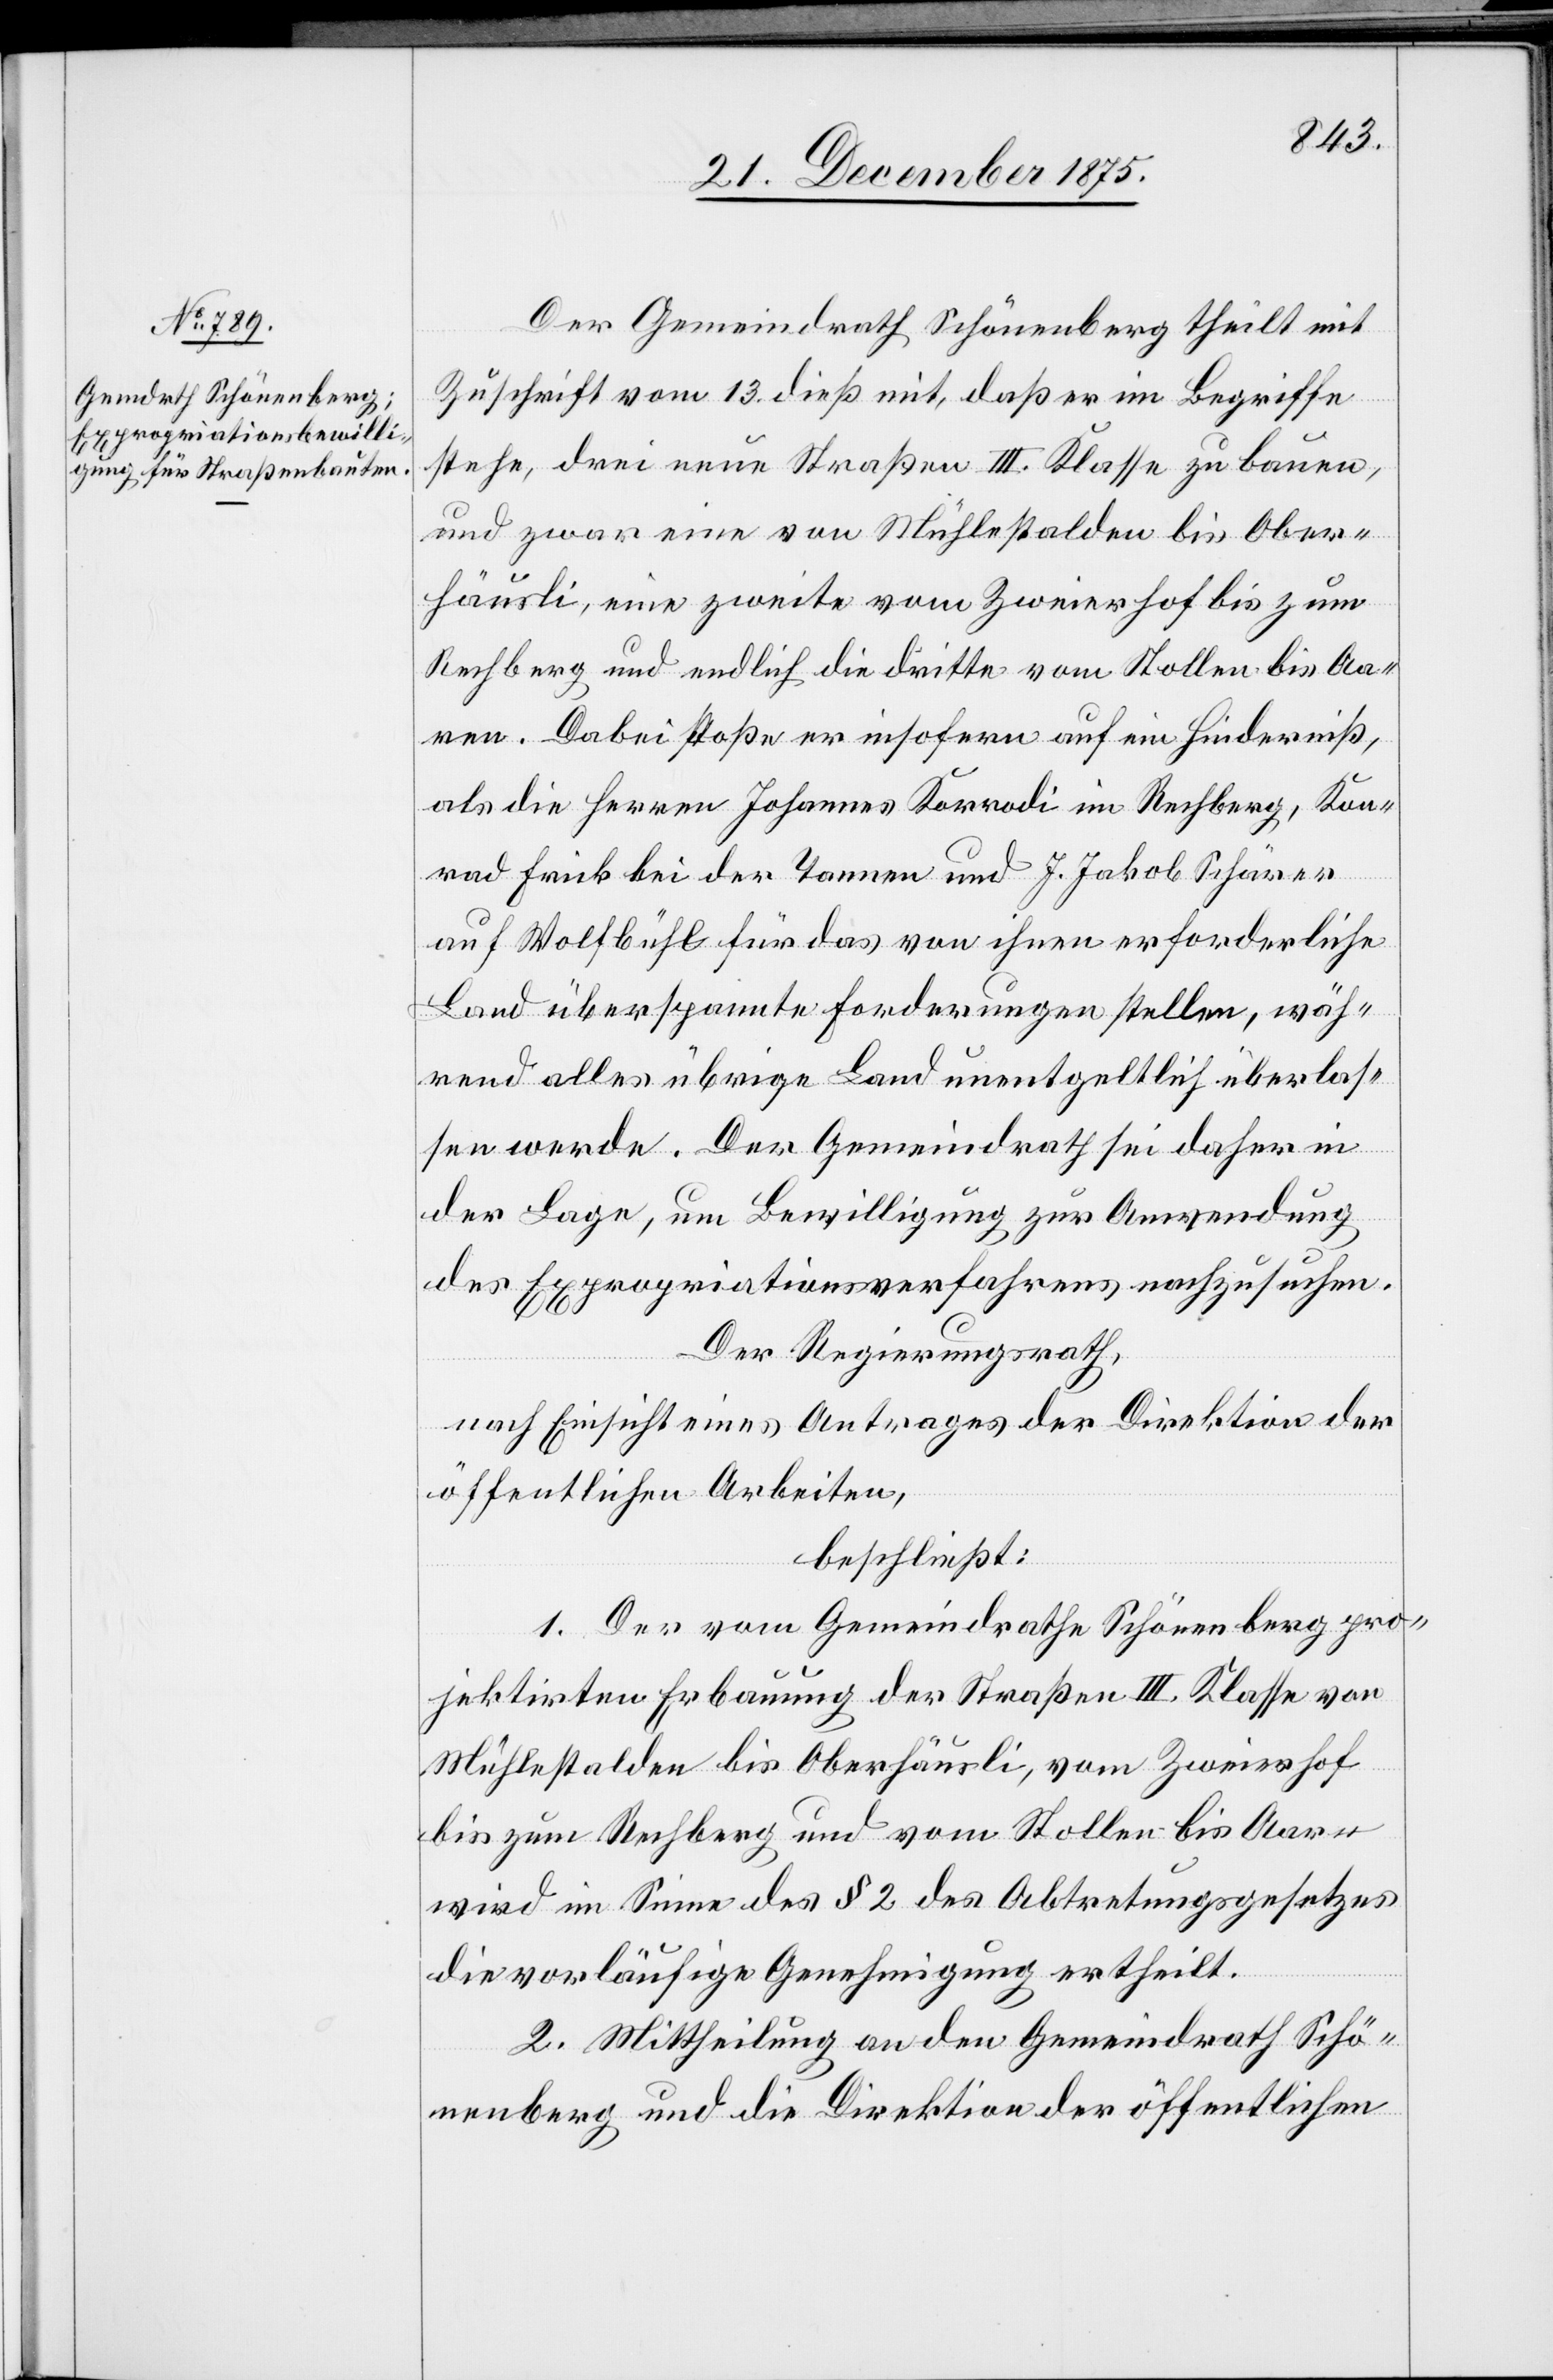
Der Gemeindrath Schönenberg theilt mit
Zuschrift vom 13. dieß mit, daß er im Begriffe
stehe, drei neue Straßen III. Klasse zu bauen,
und zwar eine von Mühlestalden bis Ober¬
häusli, eine zweite vom Zweierhof bis zum
Rechberg und endlich die dritte vom Stollen bis Aa¬
ren. Dabei stoße er insofern auf ein Hinderniß,
als die Herren Johannes Korrodi im Rechberg, Kon¬
rad Frick bei der Tannen und J. Jakob Schärer
auf Wolfbühl für das von ihnen erforderliche
Land überspannte Forderungen stellen, wäh¬
rend alles übrige Land unentgeltlich überlas¬
sen werde. Der Gemeindrath sei daher in
der Lage, um Bewilligung zur Anwendung
des Expropriationsverfahrens nachzusuchen.
Der Regierungsrath,
nach Einsicht eines Antrages der Direktion der
öffentlichen Arbeiten,
beschließt:
1. Der vom Gemeindrathe Schönenberg pro¬
jektirten Erbauung der Straßen III. Klasse von
Mühlestalden bis Oberhäusli, vom Zweierhof
bis zum Rechberg und vom Stollen bis Aar[e]n
wird im Sinne des § 2 des Abtretungsgesetzes
die vorläufige Genehmigung ertheilt.
2. Mittheilung an den Gemeindrath Schö¬
nenberg und die Direktion der öffentlichen